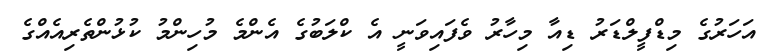
އަހަރުގެ މިޑްފީލްޑަރު ޑިއާ މިހާރު ވެފައިވަނީ އެ ކްލަބުގެ އެންމެ މުހިންމު ކުޅުންތެރިއެއްގެ